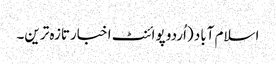
اسلام آباد (اُردو پوائنٹ اخبارتازہ ترین۔